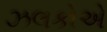
ઝલકોએ